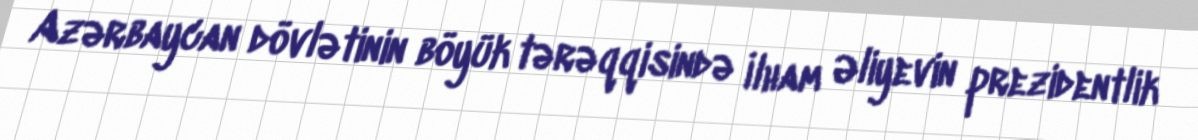
Azərbaycan dövlətinin böyük tərəqqisində İlham Əliyevin prezidentlik